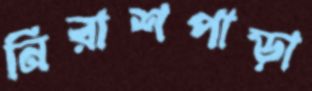
নিরাশপাড়া